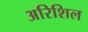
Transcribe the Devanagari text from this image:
अरिशिल